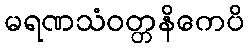
မရဏသံဝတ္တနိကေပိ